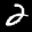
Label: 2